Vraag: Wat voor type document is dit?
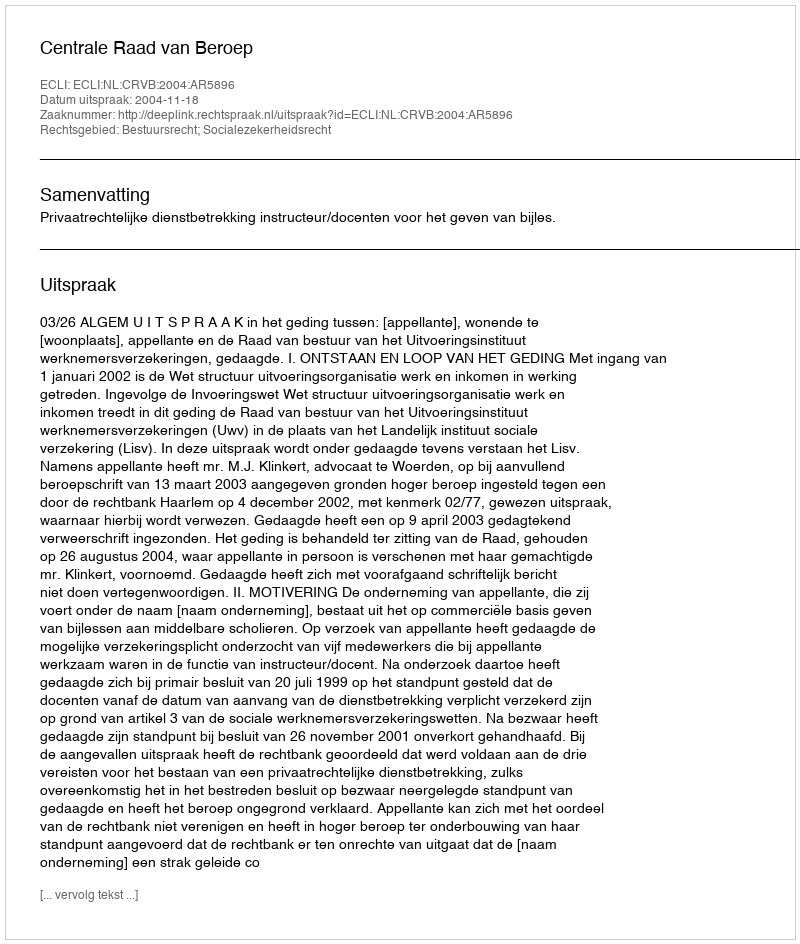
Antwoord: Uitspraak